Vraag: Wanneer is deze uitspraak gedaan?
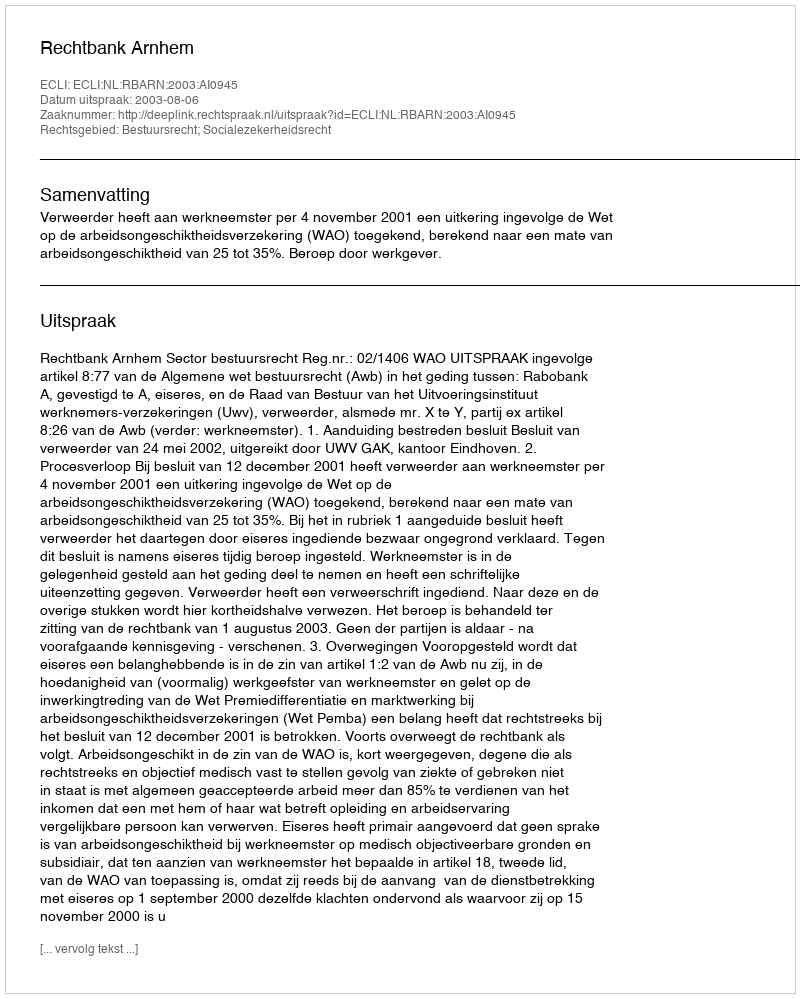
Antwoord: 2003-08-06